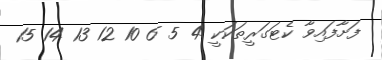
ފަށާފައިވާ ކެޓަގަރީތަކަކީ 4 5 6 10 12 13 14 15